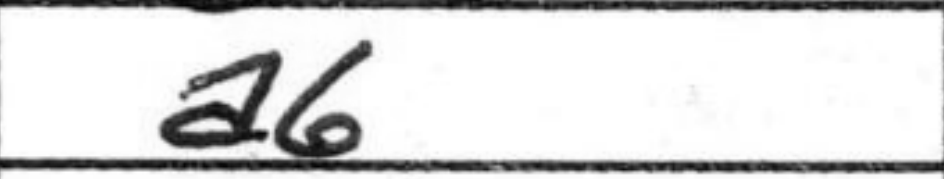
Transcription: a6